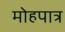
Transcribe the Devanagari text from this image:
मोहपात्र